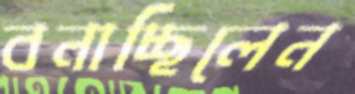
বনাচ্ছিলেন